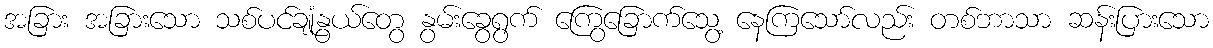
အခြား အခြားသော သစ်ပင်ချုံနွယ်တွေ နွမ်းခွေရွက် ကြွေခြောက်သွေ့ နေကြသော်လည်း တစ်ဘာသာ ဆန်းပြားသော